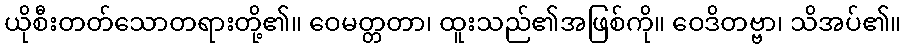
ယိုစီးတတ်သောတရားတို့၏။ ဝေမတ္တတာ၊ ထူးသည်၏အဖြစ်ကို။ ဝေဒိတဗ္ဗာ၊ သိအပ်၏။